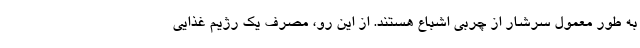
به طور معمول سرشار از چربی اشباع هستند. از این رو، مصرف یک رژیم غذایی